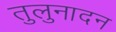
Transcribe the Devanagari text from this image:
तुलुनादन